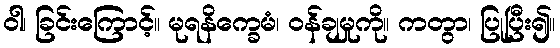
ဝါ၊ ခြင်းကြောင့်။ မုရနိက္ခေမံ၊ ဝန်ချမှုကို။ ကတွာ၊ ပြုပြီး၍။